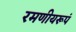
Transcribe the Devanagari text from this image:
रमणीयरूपं